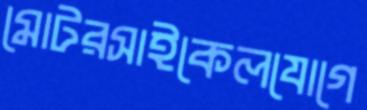
মোটরসাইকেলযোগে